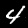
Label: 4